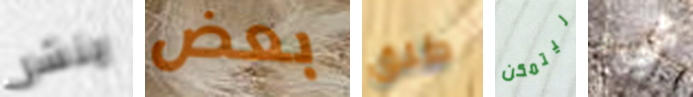
ينشر بعض طلق ليتمكن شيء